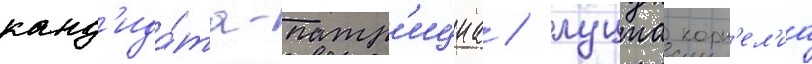
канд'ида́та-патр'ициа / луциа корн'ел'иа